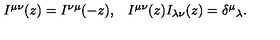
\begin{array} { c c } { I ^ { \mu \nu } ( z ) = I ^ { \nu \mu } ( - z ) , } & { I ^ { \mu \nu } ( z ) I _ { \lambda \nu } ( z ) = \delta ^ { \mu } { } _ { \lambda } . } \\ \end{array}